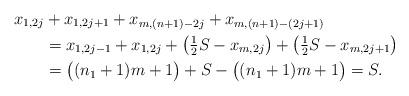
LaTeX: \begin{align*}x_{1,2j} &+ x_{1,2j+1} + x_{m,(n+1)-2j} + x_{m,(n+1)-(2j+1)} \\&= x_{1,2j-1} + x_{1,2j} + \bigl( \tfrac{1}{2} S - x_{m,2j} \bigr) + \bigl( \tfrac{1}{2} S - x_{m,2j+1} \bigr) \\&= \bigl( (n_1 +1) m +1 \bigr) + S - \bigl( (n_1 +1) m +1 \bigr) =S.\end{align*}